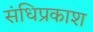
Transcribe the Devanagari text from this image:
संधिप्रकाश